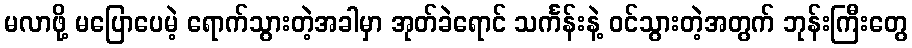
မလာဖို့ မပြောပေမဲ့ ရောက်သွားတဲ့အခါမှာ အုတ်ခဲရောင် သင်္ကန်းနဲ့ ဝင်သွားတဲ့အတွက် ဘုန်းကြီးတွေ